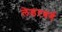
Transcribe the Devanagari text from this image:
लेडरबर्ग